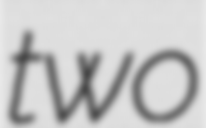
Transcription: two